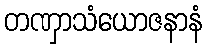
တဏှာသံယောဇနာနံ